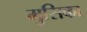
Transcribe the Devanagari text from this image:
मुसिका